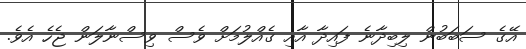
އޭގެ ސަބަބުން ލިބިދާނެ ފައިދާ އާއި ގެއްލުމަށް ވެސް ވިސްނާލަން ޖެހެ އެވެ.